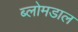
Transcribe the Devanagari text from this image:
ब्लोमडाल